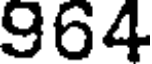
964